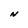
Character: N